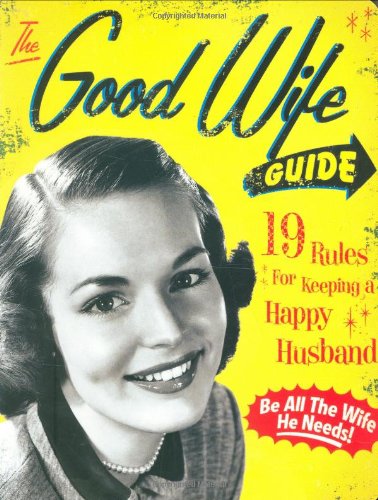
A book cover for The Good Wife Guide: 19 Rules for Keeping a Happy Husband; Ladies' Homemaker Monthly; Humor & Entertainment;